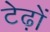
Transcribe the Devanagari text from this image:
टेढ़ों